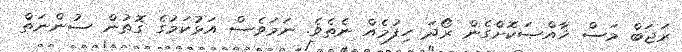
ރަޖަބް މަސް ޚާއްޞަކޮށްގެން ރޯދަ ހިފުމެއް ނެތެވެ. ނަމަވެސް އަޅުކަމުގެ ގޮތުން ސުންނަތް